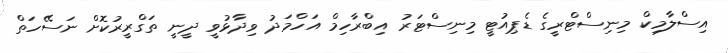
އިސްލާމިކް މިނިސްޓްރީގެ ޑެޕިއުޓީ މިނިސްޓަރު އިބްރާހިމް އަހްމަދު ވިދާޅުވީ ދީނީ ތަގްރީރުކޮށް ނަސޭހަތް